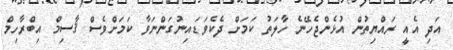
އަދި އެއީ ރައްޔިތުން އުޅެންޖެހޭނެ ހާލަތު ކަމަށް ދެކެވަޑައިނުގަންނަވާ ކަމަށްވެސް ޤާސިމް އިބްރާހިމް